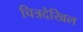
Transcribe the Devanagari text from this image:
चित्रदेखिल